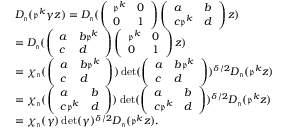
\begin{array} { r l } & { D _ { \mathfrak { n } } ( \mathfrak { p } ^ { k } \gamma z ) = D _ { \mathfrak { n } } ( \left( \begin{array} { l l } { \mathfrak { p } ^ { k } } & { 0 } \\ { 0 } & { 1 } \end{array} \right) \left( \begin{array} { l l } { a } & { b } \\ { c \mathfrak { p } ^ { k } } & { d } \end{array} \right) z ) } \\ & { = D _ { \mathfrak { n } } ( \left( \begin{array} { l l } { a } & { b \mathfrak { p } ^ { k } } \\ { c } & { d } \end{array} \right) \left( \begin{array} { l l } { \mathfrak { p } ^ { k } } & { 0 } \\ { 0 } & { 1 } \end{array} \right) z ) } \\ & { = \chi _ { \mathfrak { n } } ( \left( \begin{array} { l l } { a } & { b \mathfrak { p } ^ { k } } \\ { c } & { d } \end{array} \right) ) \operatorname* { d e t } ( \left( \begin{array} { l l } { a } & { b \mathfrak { p } ^ { k } } \\ { c } & { d } \end{array} \right) ) ^ { \delta / 2 } D _ { \mathfrak { n } } ( \mathfrak { p } ^ { k } z ) } \\ & { = \chi _ { \mathfrak { n } } ( \left( \begin{array} { l l } { a } & { b } \\ { c \mathfrak { p } ^ { k } } & { d } \end{array} \right) ) \operatorname* { d e t } ( \left( \begin{array} { l l } { a } & { b } \\ { c \mathfrak { p } ^ { k } } & { d } \end{array} \right) ) ^ { \delta / 2 } D _ { \mathfrak { n } } ( \mathfrak { p } ^ { k } z ) } \\ & { = \chi _ { \mathfrak { n } } ( \gamma ) \operatorname* { d e t } ( \gamma ) ^ { \delta / 2 } D _ { \mathfrak { n } } ( \mathfrak { p } ^ { k } z ) . } \end{array}